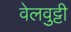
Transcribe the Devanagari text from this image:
वेलवुट्टी